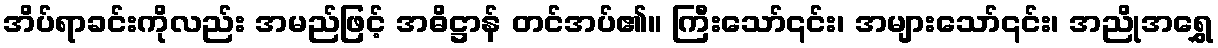
အိပ်ရာခင်းကိုလည်း အမည်ဖြင့် အဓိဋ္ဌာန် တင်အပ်၏။ ကြီးသော်၎င်း၊ အများသော်၎င်း၊ အညိုအရွှေ